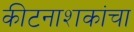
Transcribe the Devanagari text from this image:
कीटनाशकांचा